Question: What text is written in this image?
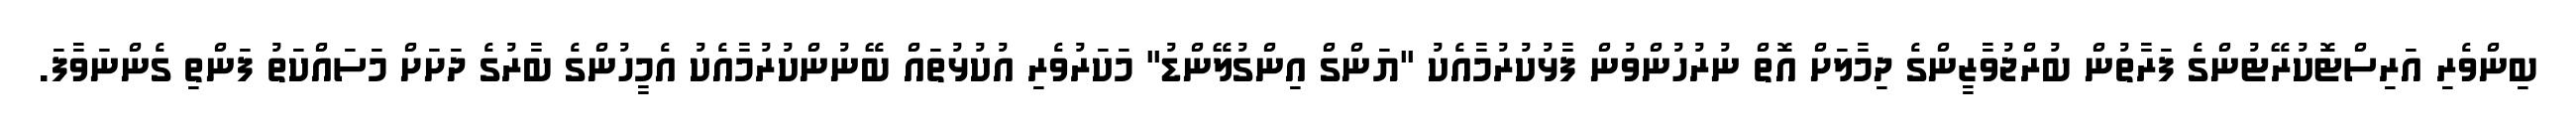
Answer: ބިންވެރި އަރިސްޓޮކުރޭޓުންގެ ފަރާތުން ބުރްޖުވާޒީންގެ ދިމާލަށް އޮތް ނުރުހުންވުން ފާޅުކުރުމާއެކު "ޔަންގް އިންގުލޭންޑު" މަކަރުވެރި އުކުޅުތައް ބޭނުންކުރުމާއެކު އެމީހުންގެ ބާރުގެ ދަށަށް މަސައްކަތު ފަންތި ގެންނަވާފަ.